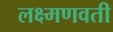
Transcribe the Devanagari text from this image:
लक्ष्मणवती